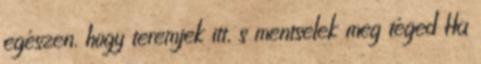
egészen. hogy teremjek itt, s mentselek meg téged Ha